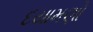
દયામણો